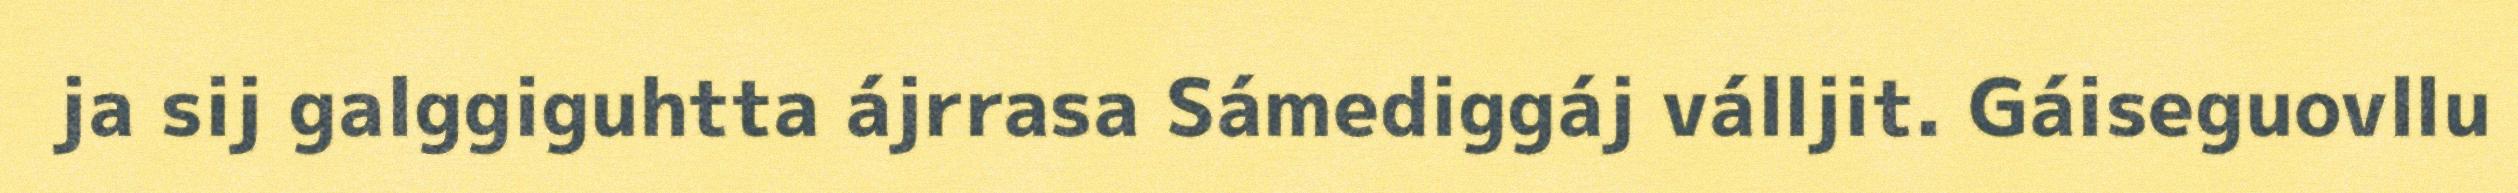
ja sij galggiguhtta ájrrasa Sámediggáj válljit. Gáiseguovllu